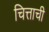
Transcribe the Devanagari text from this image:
चित्ताची